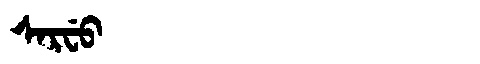
Manchu: ᠰᠠᡵᠸᡠ
Romanization: SARFU